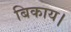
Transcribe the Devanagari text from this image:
बिकाय।